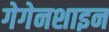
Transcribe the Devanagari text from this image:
गेगेनशाइन